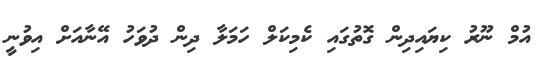
އުމް ނޫރު ކިޔައިދިން ގޮތުގައި ކެމިކަލް ހަމަލާ ދިން ދުވަހު އޭނާއަށް އިވުނީ